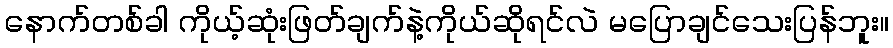
နောက်တစ်ခါ ကိုယ့်ဆုံးဖြတ်ချက်နဲ့ကိုယ်ဆိုရင်လဲ မပြောချင်သေးပြန်ဘူး။